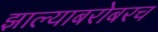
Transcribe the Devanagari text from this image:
झाल्याबरोबरच